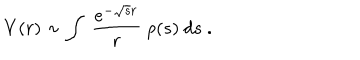
V ( r ) \sim \int ~ { \frac { e ^ { - \sqrt { s } r } } { r } } ~ \rho ( s ) ~ d s ~ .